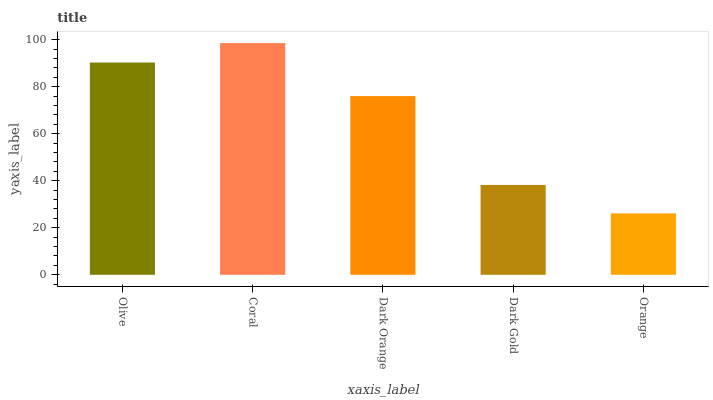
| xaxis_label | bars |
 | --- | --- |
 | Olive | 90.3 |
 | Coral | 98.5 |
 | Dark Orange | 76 |
 | Dark Gold | 38.2 |
 | Orange | 26.1 |